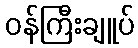
ဝန်ကြီးချူပ်